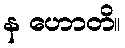
န ဟောတိ။